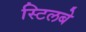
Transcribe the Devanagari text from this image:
स्टिलबे